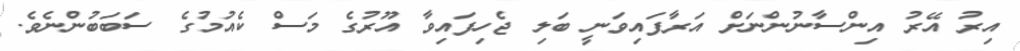
އިރު އޭރު އިންސާނުންނަށް އަރާފައިވަނީ ބަލި ޖެހިފައިވާ އޫރުގެ މަސް ކެއުމުގެ ސަބަބުންނެވެ.